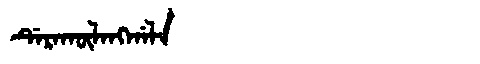
Manchu: ᡩᡝᡵᠠᡴᡡᠯᠠᠩᡤᠠᠯᠠ
Romanization: DERAKŪLANGGALA